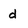
Character: d